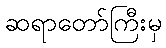
ဆရာတော်ကြီးမှ